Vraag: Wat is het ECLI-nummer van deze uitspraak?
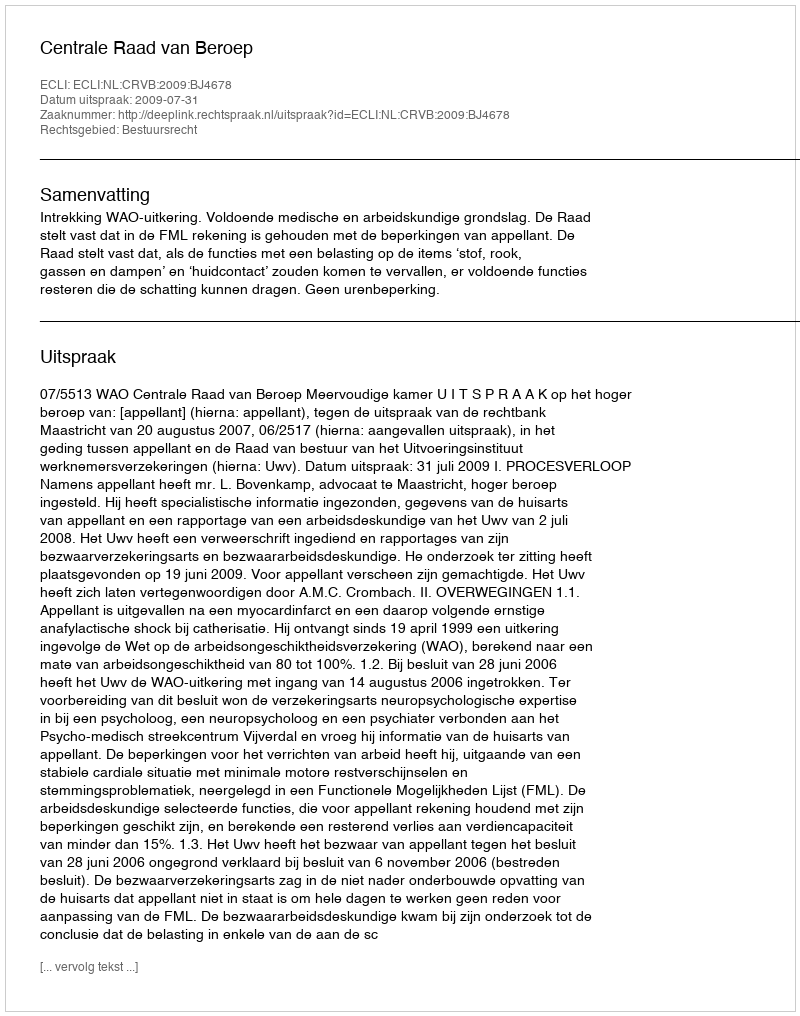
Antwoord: ECLI:NL:CRVB:2009:BJ4678